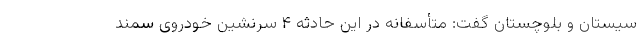
سیستان و بلوچستان گفت: متأسفانه در این حادثه ۴ سرنشین خودروی سمند